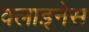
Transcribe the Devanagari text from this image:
क्लाइनेस